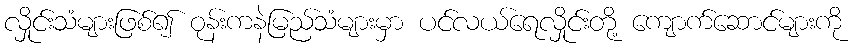
လှိုင်းသံများဖြစ်၍ ဝုန်းကနဲမြည်သံများမှာ ပင်လယ်ရေလှိုင်းတို့ ကျောက်ဆောင်များကို